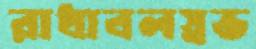
রাধাবলস্নভ